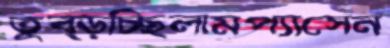
তুব্‌ড়চ্ছিলামপ্যাসেন